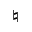
\natural